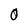
Character: O